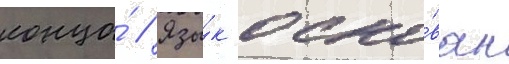
конца́ // Язы́к осно́ван